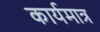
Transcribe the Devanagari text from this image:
कार्यमात्र